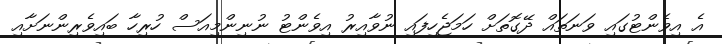
އެ އިވެންޓުގައި ވަނަތައް ދޭގޮތަށް ހަމަޖެހިފައި ނުވާއިރު އިވެންޓު ނުނިންމިއަސް ހުރިހާ ބައިވެރިންނަށާއި